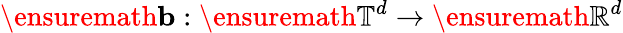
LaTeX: \ensuremath{\mathbf{b}}:\ensuremath{\mathbb{T}}^{d}\to\ensuremath{\mathbb{R}}^{d}